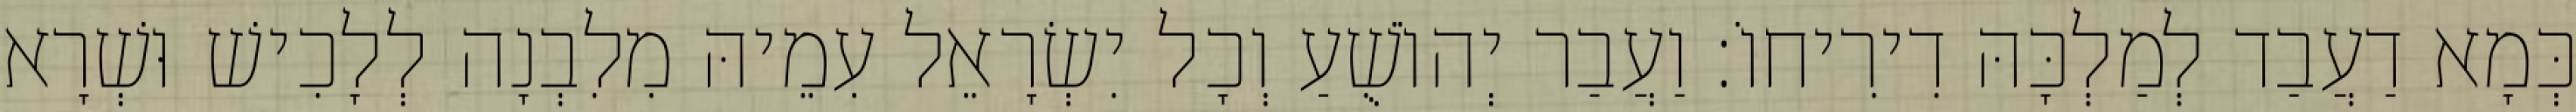
כְּמָא דַעֲבַד לְמַלְכָּהּ דִירִיחוֹ׃ וַעֲבַר יְהוֹשֻׁעַ וְכָל יִשְׂרָאֵל עִמֵיהּ מִלִבְנָה לְלָכִישׁ וּשְׁרָא